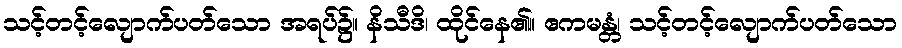
သင့်တင့်လျောက်ပတ်သော အရပ်၌။ နိသီဒိ၊ ထိုင်နေ၏။ ဧကမန္တံ၊ သင့်တင့်လျောက်ပတ်သော